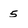
Character: 5